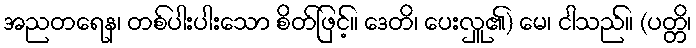
အညတရေန၊ တစ်ပါးပါးသော စိတ်ဖြင့်။ ဒေတိ၊ ပေးလှူ၏) မေ၊ ငါသည်။ (ပတ္တိ၊